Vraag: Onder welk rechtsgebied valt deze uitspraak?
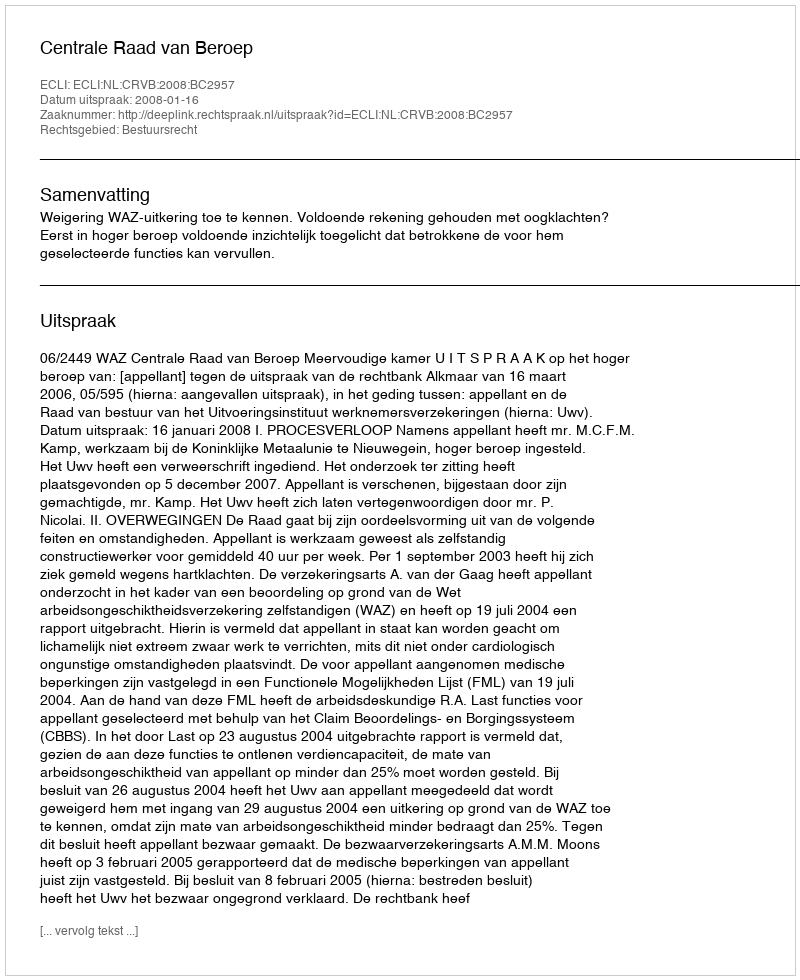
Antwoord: Bestuursrecht